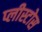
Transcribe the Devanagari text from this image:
प्लीस्टोस